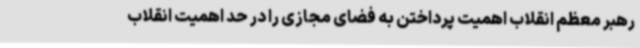
رهبر معظم انقلاب اهمیت پرداختن به فضای مجازی را در حد اهمیت انقلاب